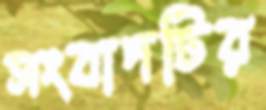
সংবাদটির